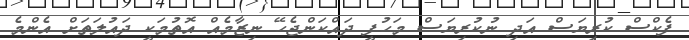
ފެކްސް ކުރިޔަސް އަދި ނުކުރިޔަސް މަހުފީ ދައްކަންޖެހޭ ނިޒާމެއް އޮތުމަކީ ދައުލަތަށް އެންމެ